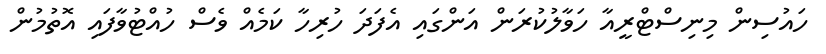
ހައުސިން މިނިސްޓްރީއާ ހަވާލުކުރަން އަންގައި އެފަދަ ހުރިހާ ކަމެއް ވެސް ހުއްޓުވާފައި އޮތުމުން